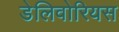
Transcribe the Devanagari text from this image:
डेलिवोरियस